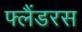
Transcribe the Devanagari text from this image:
फ्लैंडरस